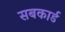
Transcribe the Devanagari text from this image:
सबकार्ड